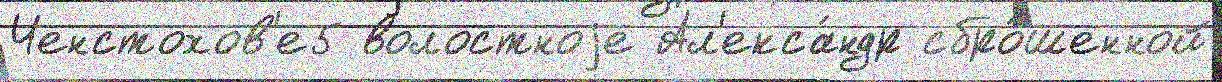
Ченстохов'е5 волостноjе Ал'екса́ндр сбро́шенной